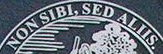
NON SIBI, SED ALLIS.